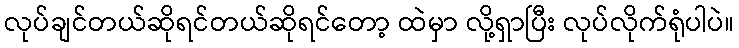
လုပ်ချင်တယ်ဆိုရင်တယ်ဆိုရင်တော့ ထဲမှာ လို့ရှာပြီး လုပ်လိုက်ရုံပါပဲ။